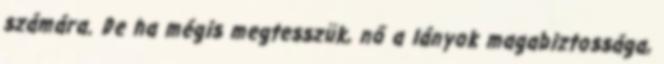
számára. De ha mégis megtesszük, nő a lányok magabiztossága,